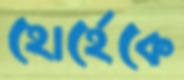
হোর্হেকে